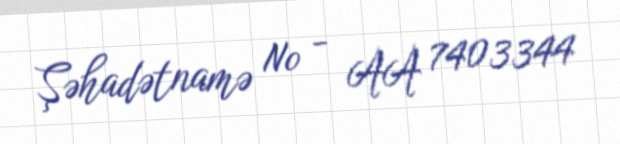
Şəhadətnamə № - AA 7403344